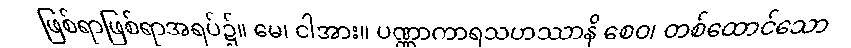
ဖြစ်ရာဖြစ်ရာအရပ်၌။ မေ၊ ငါအား။ ပဏ္ဏာကာရသဟဿာနိ စေဝ၊ တစ်ထောင်သော